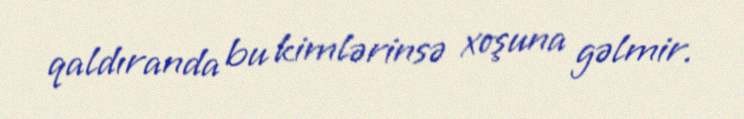
qaldıranda bu kimlərinsə xoşuna gəlmir.